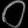
Digit: ၀